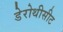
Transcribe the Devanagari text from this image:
डेरोथीसीट